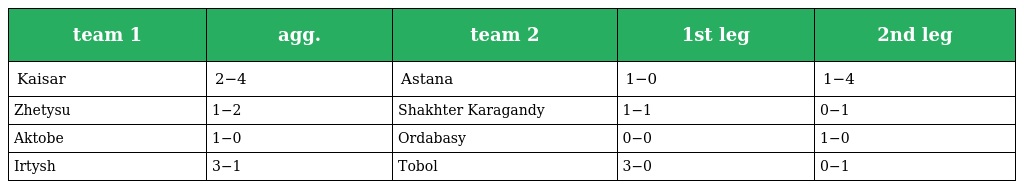
| team 1 | agg. | team 2 | 1st leg | 2nd leg |
 | --- | --- | --- | --- | --- |
 | Kaisar | 2−4 | Astana | 1−0 | 1−4 |
 | Zhetysu | 1−2 | Shakhter Karagandy | 1−1 | 0−1 |
 | Aktobe | 1−0 | Ordabasy | 0−0 | 1−0 |
 | Irtysh | 3−1 | Tobol | 3−0 | 0−1 |